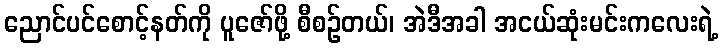
ညောင်ပင်စောင့်နတ်ကို ပူဇော်ဖို့ စီစဉ်တယ်၊ အဲဒီအခါ အငယ်ဆုံးမင်းကလေးရဲ့